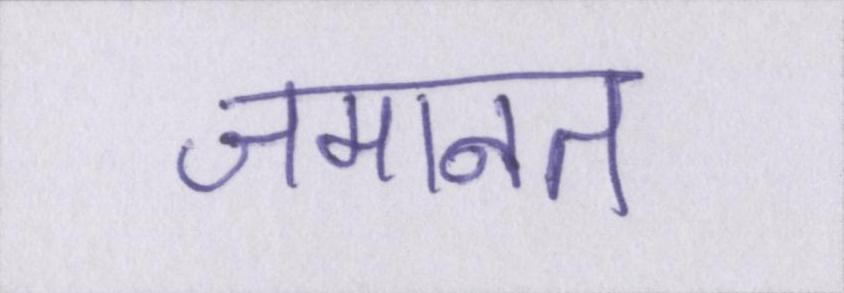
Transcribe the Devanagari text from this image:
जमानत